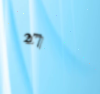
27